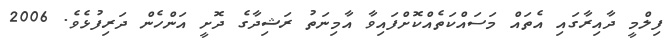
ފިލްމީ ދާއިރާގައި އެތައް މަސައްކަތެއްކޮށްފައިވާ އާމިނަތު ރަޝިދާގެ ދޮށީ އަންހެން ދަރިފުޅެެވެ. 2006